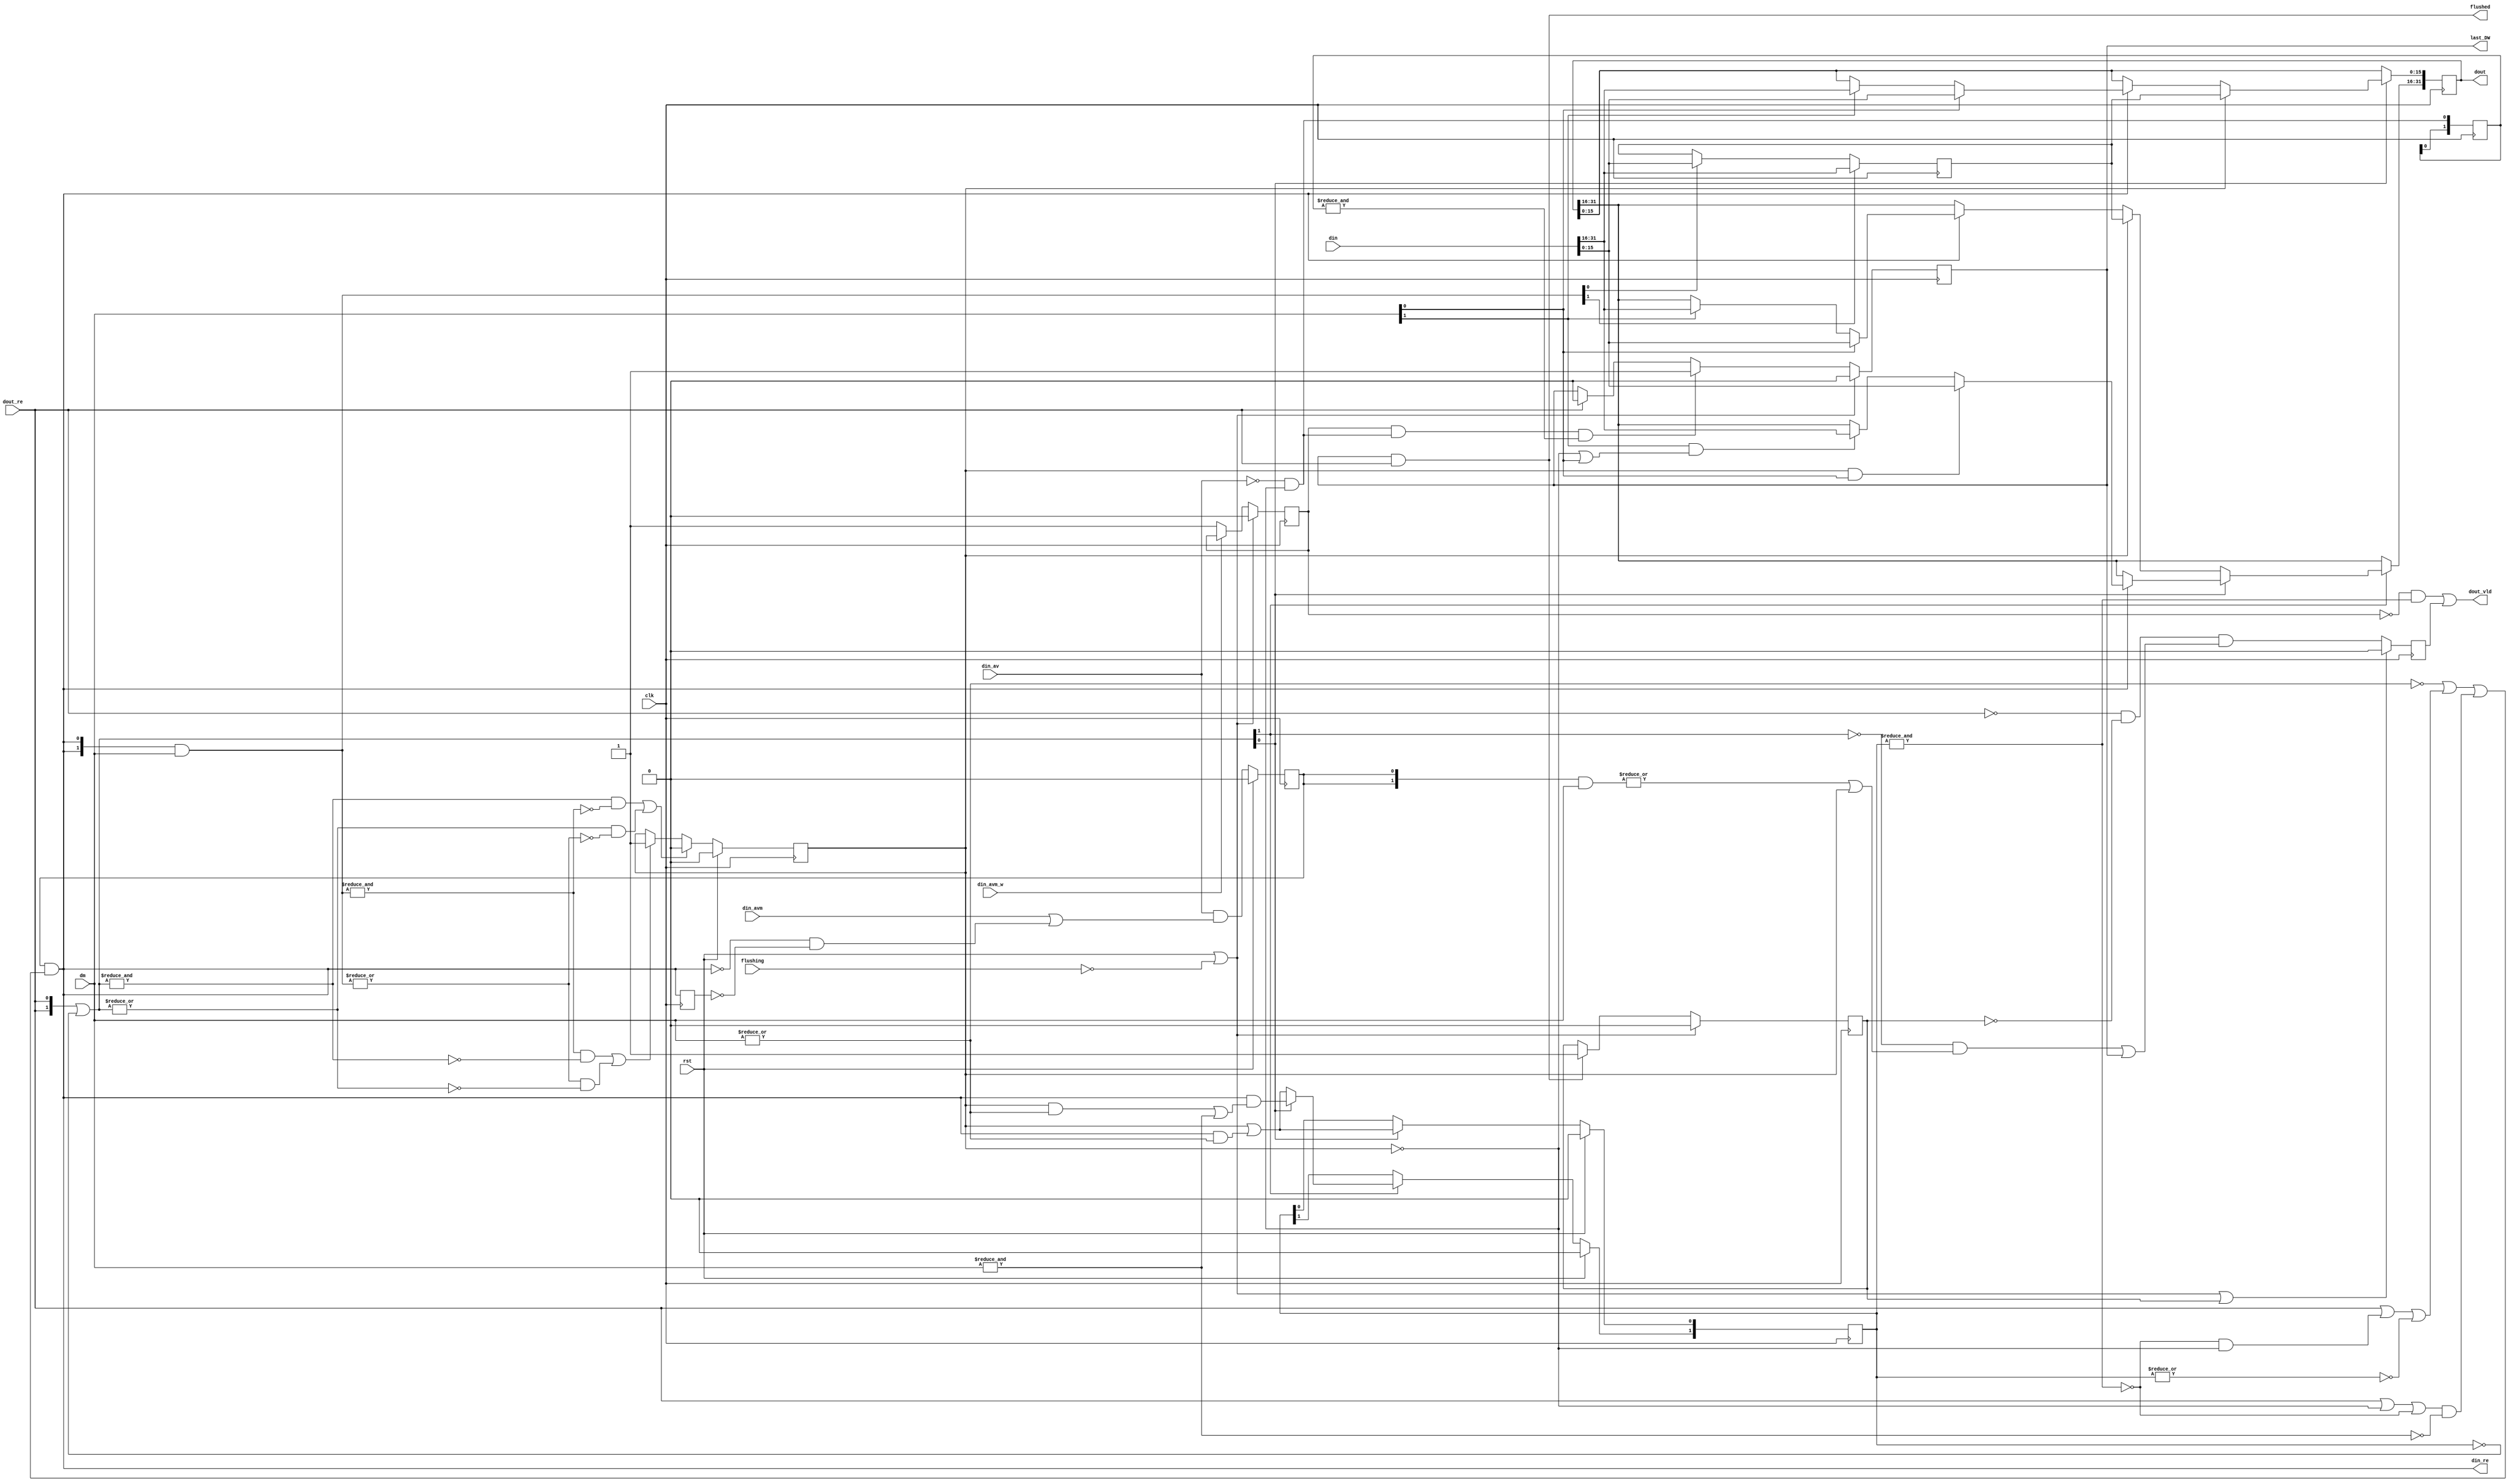
/*!
 * <b>Module:</b>ahci_dma_rd_stuff
 * @file ahci_dma_rd_stuff.v
 * @date 2016-01-01  
 * @author Andrey Filippov     
 *
 * @brief Stuff DWORD data with missing words into continuous 32-bit data
 *
 * @copyright Copyright (c) 2016 Elphel, Inc .
 *
 * <b>License:</b>
 *
 * ahci_dma_rd_stuff.v is free software; you can redistribute it and/or modify
 * it under the terms of the GNU General Public License as published by
 * the Free Software Foundation, either version 3 of the License, or
 * (at your option) any later version.
 *
 *  ahci_dma_rd_stuff.v is distributed in the hope that it will be useful,
 * but WITHOUT ANY WARRANTY; without even the implied warranty of
 * MERCHANTABILITY or FITNESS FOR A PARTICULAR PURPOSE.  See the
 * GNU General Public License for more details.
 *
 * You should have received a copy of the GNU General Public License
 * along with this program.  If not, see <http://www.gnu.org/licenses/> .
 *
 * Additional permission under GNU GPL version 3 section 7:
 * If you modify this Program, or any covered work, by linking or combining it
 * with independent modules provided by the FPGA vendor only (this permission
 * does not extend to any 3-rd party modules, "soft cores" or macros) under
 * different license terms solely for the purpose of generating binary "bitstream"
 * files and/or simulating the code, the copyright holders of this Program give
 * you the right to distribute the covered work without those independent modules
 * as long as the source code for them is available from the FPGA vendor free of
 * charge, and there is no dependence on any encrypted modules for simulating of
 * the combined code. This permission applies to you if the distributed code
 * contains all the components and scripts required to completely simulate it
 * with at least one of the Free Software programs.
 */
`timescale 1ns/1ps

module  ahci_dma_rd_stuff(
    input             rst,      // sync reset
    input             clk,      // single clock
    input             din_av,   // input data available
    input             din_avm_w,// >1 word of data available (early)
    input             din_avm,  // >1 word of data available (registered din_avm_w)
    input             flushing, // output partial dword if available (should be ? cycles after last _re/ with data?)
    input      [31:0] din,      // 32-bit input dfata
    input       [1:0] dm,       // data mask showing which (if any) words in input dword are valid 
    output            din_re,   // read input data
    output            flushed,  // flush (end of last PRD is finished - data left module)
    output reg [31:0] dout,     // output 32-bit data
    output            dout_vld, // output data valid
    input             dout_re,   // consumer reads output data (should be AND-ed with dout_vld)
    output            last_DW
);
    reg  [15:0] hr; // holds 16-bit data from previous din_re if not consumed
    reg         hr_full;
    reg   [1:0] dout_vld_r;
    reg         din_av_safe_r;
    reg         din_re_r;
    wire  [1:0] dav_in = {2{din_av_safe_r}} & dm;
    wire  [1:0] drd_in = {2{din_re}} & dm;
    
    wire [15:0] debug_din_low =  din[15: 0];
    wire [15:0] debug_din_high = din[31:16];
    wire [15:0] debug_dout_low =  dout[15: 0];
    wire [15:0] debug_dout_high = dout[31:16];
    
//    wire        empty_in = din_av_safe_r && !(|dm);
//    wire        two_words_avail = &dav_in || (|dav_in && hr_full);
    wire        more_words_avail = |dav_in || hr_full;
    wire  [1:0] next_or_empty = {2{dout_re}} | ~dout_vld_r;
/// assign din_re = (din_av_safe_r && !(|dm)) || ((!dout_vld_r || dout_re) && (two_words_avail)) ; // flush
    
// ---------------

    wire room_for2 = dout_re || (!(&dout_vld_r) && !hr_full) || !(|dout_vld_r);
    wire room_for1 = dout_re || !hr_full || !(&dout_vld_r);
    reg              slow_down; // first time fifo almost empty
    reg              slow_dav;  // enable dout_vld waiting after each read out not to miss last DWORD
    reg              last_DW_r;
    reg              last_dw_sent;
    wire             no_new_data_w;
    reg        [1:0] no_new_data_r;
    
    
    
    assign din_re = din_av_safe_r && (!(|dm) || room_for2 || (room_for1 && !(&dm)));

/// assign dout_vld = (&dout_vld_r) || ((|dout_vld_r) && flushing);
    assign dout_vld = (!slow_down && (&dout_vld_r)) || slow_dav;
    
    assign last_DW = last_DW_r;
    assign flushed = last_DW_r && dout_re;
    assign no_new_data_w = !din_av && !hr_full;
//    assign flushed = 
    
    always @ (posedge clk) begin
        din_re_r <= din_re;
    
        if (rst) din_av_safe_r <= 0;
        else     din_av_safe_r <= din_av && (din_avm || (!din_re && !din_re_r));
        
        // set low word of the OR
        if (rst)                   dout_vld_r[0] <= 0;
        else if (next_or_empty[0]) dout_vld_r[0] <= hr_full || (din_re && (|dm));
        
        if (next_or_empty[0]) begin
            if (hr_full)        dout[15: 0] <= hr;
            else if (din_re) begin
                if (dm[0])      dout[15: 0] <= din[15: 0];
                else if (dm[1]) dout[15: 0] <= din[31:16];
            end
        end
        
        // set high word of the OR
        if (rst)                   dout_vld_r[1] <= 0;
        else if (next_or_empty[1]) dout_vld_r[1] <= next_or_empty[0]?
                                                     (din_re && ((hr_full &&(|dm)) || (&dm))) :
                                                     (hr_full || (din_re && (|dm)));
                                                     
        if (next_or_empty[1])   begin   
            if (next_or_empty[0]) begin
                if (din_re) begin
                    if      (hr_full && dm[0])             dout[31:16] <= din[15: 0];
                    else if (dm[1] && (!hr_full || dm[0])) dout[31:16] <= din[31:16];
                end
            end else begin
                if (hr_full)        dout[31:16] <= hr;
                else if (din_re) begin
                    if (dm[0])      dout[31:16] <= din[15: 0];
                    else if (dm[1]) dout[31:16] <= din[31:16];
                end
            end
        end

        // set holding register
        if      (rst)                               hr_full <= 0;
        else if (((&next_or_empty) && !(&drd_in)) ||
                 ((|next_or_empty) && !(|drd_in)))  hr_full <= 0;
        else if (((&drd_in) && !(&next_or_empty)) ||
                 ((|drd_in) && !(|next_or_empty)))  hr_full <= 1;
                 
        if      (drd_in[1]) hr <=  din[31:16];
        else if (drd_in[0]) hr <=  din[15: 0];
        
        if (rst || !flushing) slow_down <= 0;
        else if (!din_avm_w)  slow_down <= 1;
        
        if (rst || !flushing || last_dw_sent) slow_dav <= 0;
        else                    slow_dav <=  !dout_re && !last_dw_sent && ((!next_or_empty[1] && more_words_avail) || last_DW_r);
        
        
        if      (rst || !flushing)     last_dw_sent <= 0;
        else if (last_DW_r && dout_re) last_dw_sent <= 1;
        
        no_new_data_r <= {no_new_data_r[0], no_new_data_w};
        if      (rst || !flushing)                               last_DW_r <= 0;
        else if (slow_down && no_new_data_w && (&no_new_data_r)) last_DW_r <= 1;
        else if (dout_re)                                        last_DW_r <= 0;

    end

endmodule